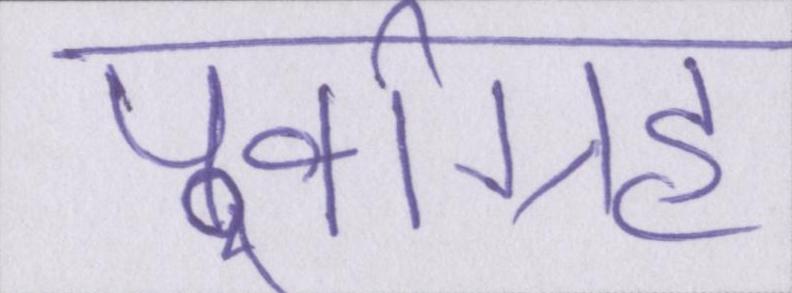
पूर्वाग्रह